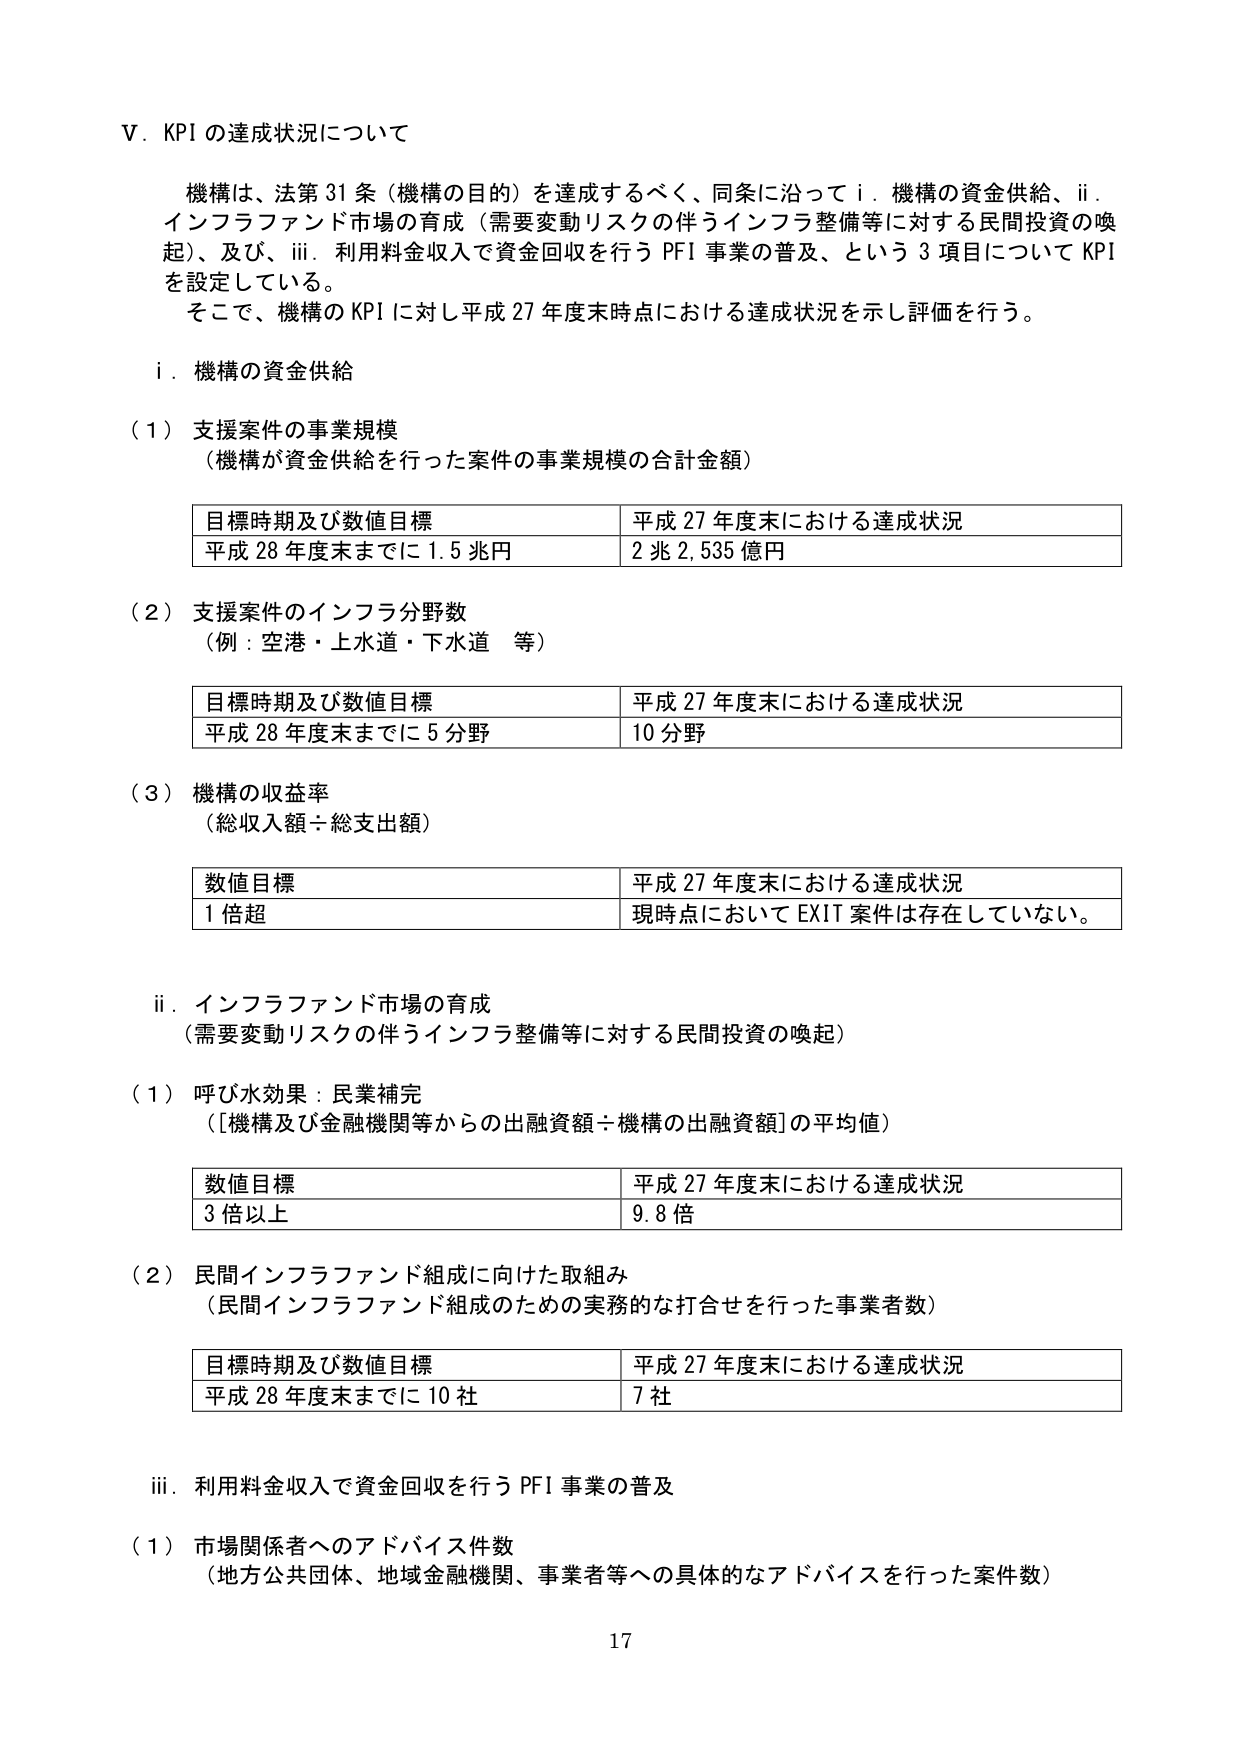
V．KPI の達成状況について

機構は、法第 31 条（機構の目的）を達成するべく、同条に沿って i．機構の資金供給、ii．インフラファンド市場の育成（需要変動リスクの伴うインフラ整備等に対する民間投資の喚起）、及び、iii．利用料金収入で資金回収を行う PFI 事業の普及、という 3 項目について KPI を設定している。
そこで、機構の KPI に対し平成 27 年度末時点における達成状況を示し評価を行う。

i．機構の資金供給

（1）支援案件の事業規模
（機構が資金供給を行った案件の事業規模の合計金額）

| 目標時期及び数値目標 | 平成 27 年度末における達成状況 |
|----------------------|------------------------------|
| 平成 28 年度末までに 1.5 兆円 | 2 兆 2,535 億円 |

（2）支援案件のインフラ分野数
（例：空港・上水道・下水道 等）

| 目標時期及び数値目標 | 平成 27 年度末における達成状況 |
|----------------------|------------------------------|
| 平成 28 年度末までに 5 分野 | 10 分野 |

（3）機構の収益率
（総収入額÷総支出額）

| 数値目標 | 平成 27 年度末における達成状況 |
|----------|------------------------------|
| 1 倍超 | 現時点において EXIT 案件は存在していない。 |

ii．インフラファンド市場の育成
（需要変動リスクの伴うインフラ整備等に対する民間投資の喚起）

（1）呼び水効果：民業補完
（[機構及び金融機関等からの出融資額÷機構の出融資額]の平均値）

| 数値目標 | 平成 27 年度末における達成状況 |
|----------|------------------------------|
| 3 倍以上 | 9.8 倍 |

（2）民間インフラファンド組成に向けた取組み
（民間インフラファンド組成のための実務的な打合せを行った事業者数）

| 目標時期及び数値目標 | 平成 27 年度末における達成状況 |
|----------------------|------------------------------|
| 平成 28 年度末までに 10 社 | 7 社 |

iii．利用料金収入で資金回収を行う PFI 事業の普及

（1）市場関係者へのアドバイス件数
（地方公共団体、地域金融機関、事業者等への具体的なアドバイスを行った案件数）

17